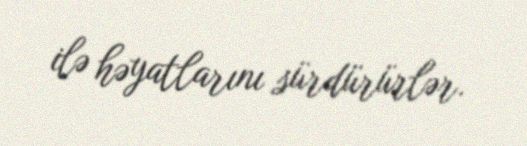
ilə həyatlarını sürdürürlər.